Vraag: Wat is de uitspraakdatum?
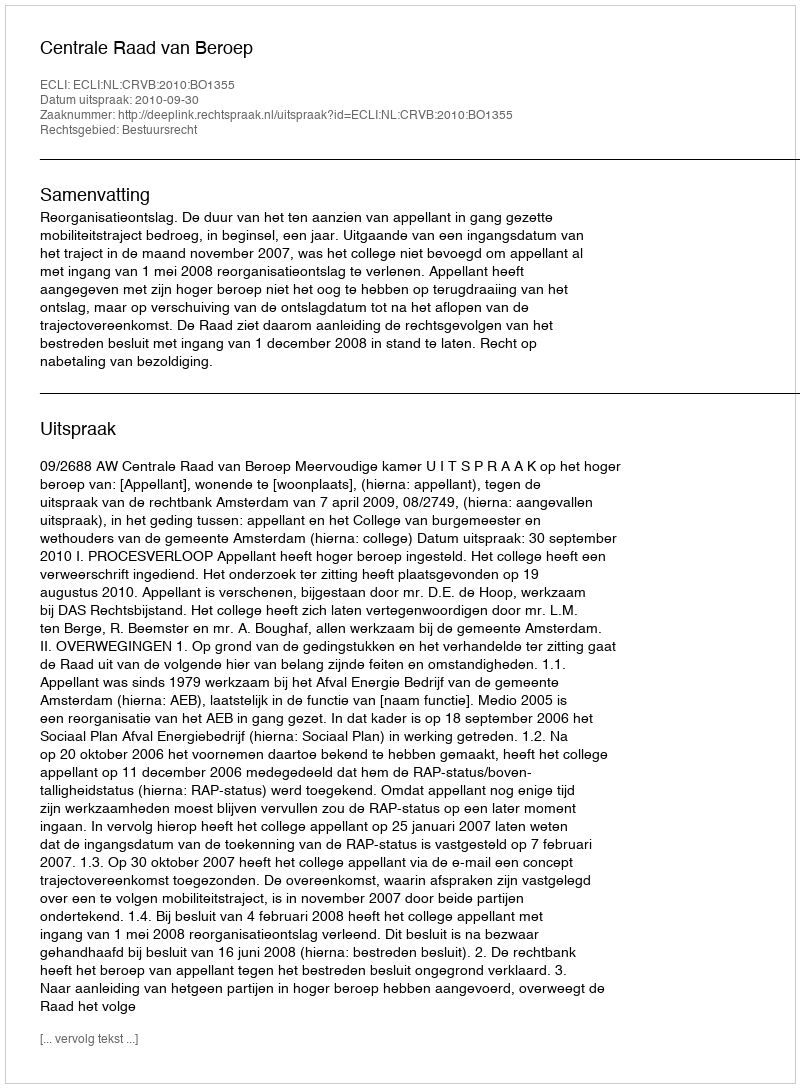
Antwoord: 2010-09-30